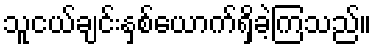
သူငယ်ချင်းနှစ်ယောက်ရှိခဲ့ကြသည်။